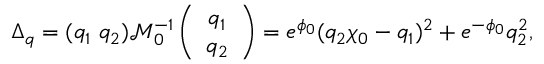
\Delta _ { q } = ( q _ { 1 } \ q _ { 2 } ) \mathcal { M } _ { 0 } ^ { - 1 } \left( \begin{array} { c } { { q _ { 1 } } } \\ { { q _ { 2 } } } \end{array} \right) = e ^ { \phi _ { 0 } } ( q _ { 2 } \chi _ { 0 } - q _ { 1 } ) ^ { 2 } + e ^ { - \phi _ { 0 } } q _ { 2 } ^ { 2 } ,